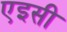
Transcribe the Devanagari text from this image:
एइसी